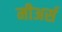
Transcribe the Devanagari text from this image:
मीअर्स